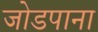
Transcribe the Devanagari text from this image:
जोडपाना